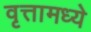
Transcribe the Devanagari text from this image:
वृत्तामध्ये